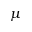
\mu